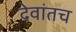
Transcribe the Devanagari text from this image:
देवांतच